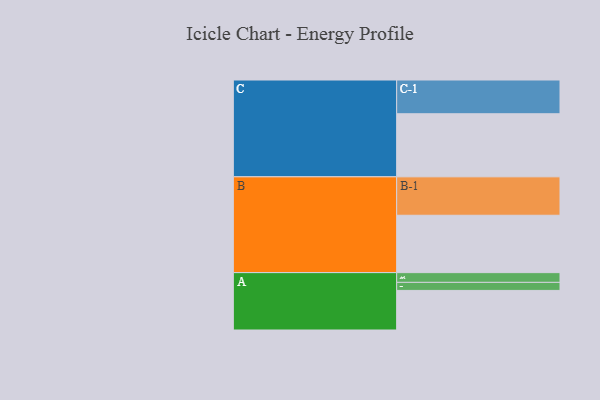
{"axis": {"x": "Segment", "y": "Value"}, "legend": ["", "A", "B", "C"], "data": [{"x": "A", "y": 305, "type": ""}, {"x": "B", "y": 442, "type": ""}, {"x": "C", "y": 486, "type": ""}, {"x": "A-1", "y": 75, "type": "A"}, {"x": "A-2", "y": 62, "type": "A"}, {"x": "B-1", "y": 296, "type": "B"}, {"x": "C-1", "y": 260, "type": "C"}]}